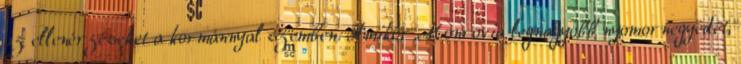
az ellenérzéseket a kormánnyal szemben. Amikor Monrovia legnagyobb nyomornegyedét,